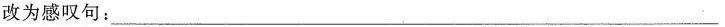
改为感叹句：___